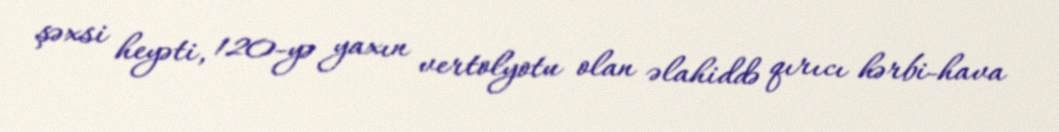
şəxsi heyəti, 120-yə yaxın vertolyotu olan əlahiddə qırıcı hərbi-hava